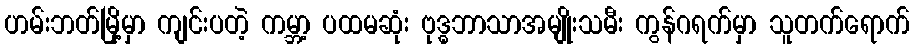
ဟမ်းဘတ်မြို့မှာ ကျင်းပတဲ့ ကမ္ဘာ့ ပထမဆုံး ဗုဒ္ဓဘာသာအမျိုးသမီး ကွန်ဂရက်မှာ သူတက်ရောက်